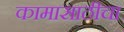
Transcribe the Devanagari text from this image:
कामासाठीचा